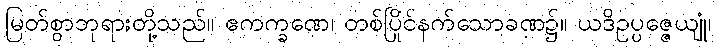
မြတ်စွာဘုရားတို့သည်။ ဧကက္ခဏေ၊ တစ်ပြိုင်နက်သောခဏ၌။ ယဒိဥပ္ပဇ္ဇေယျုံ၊